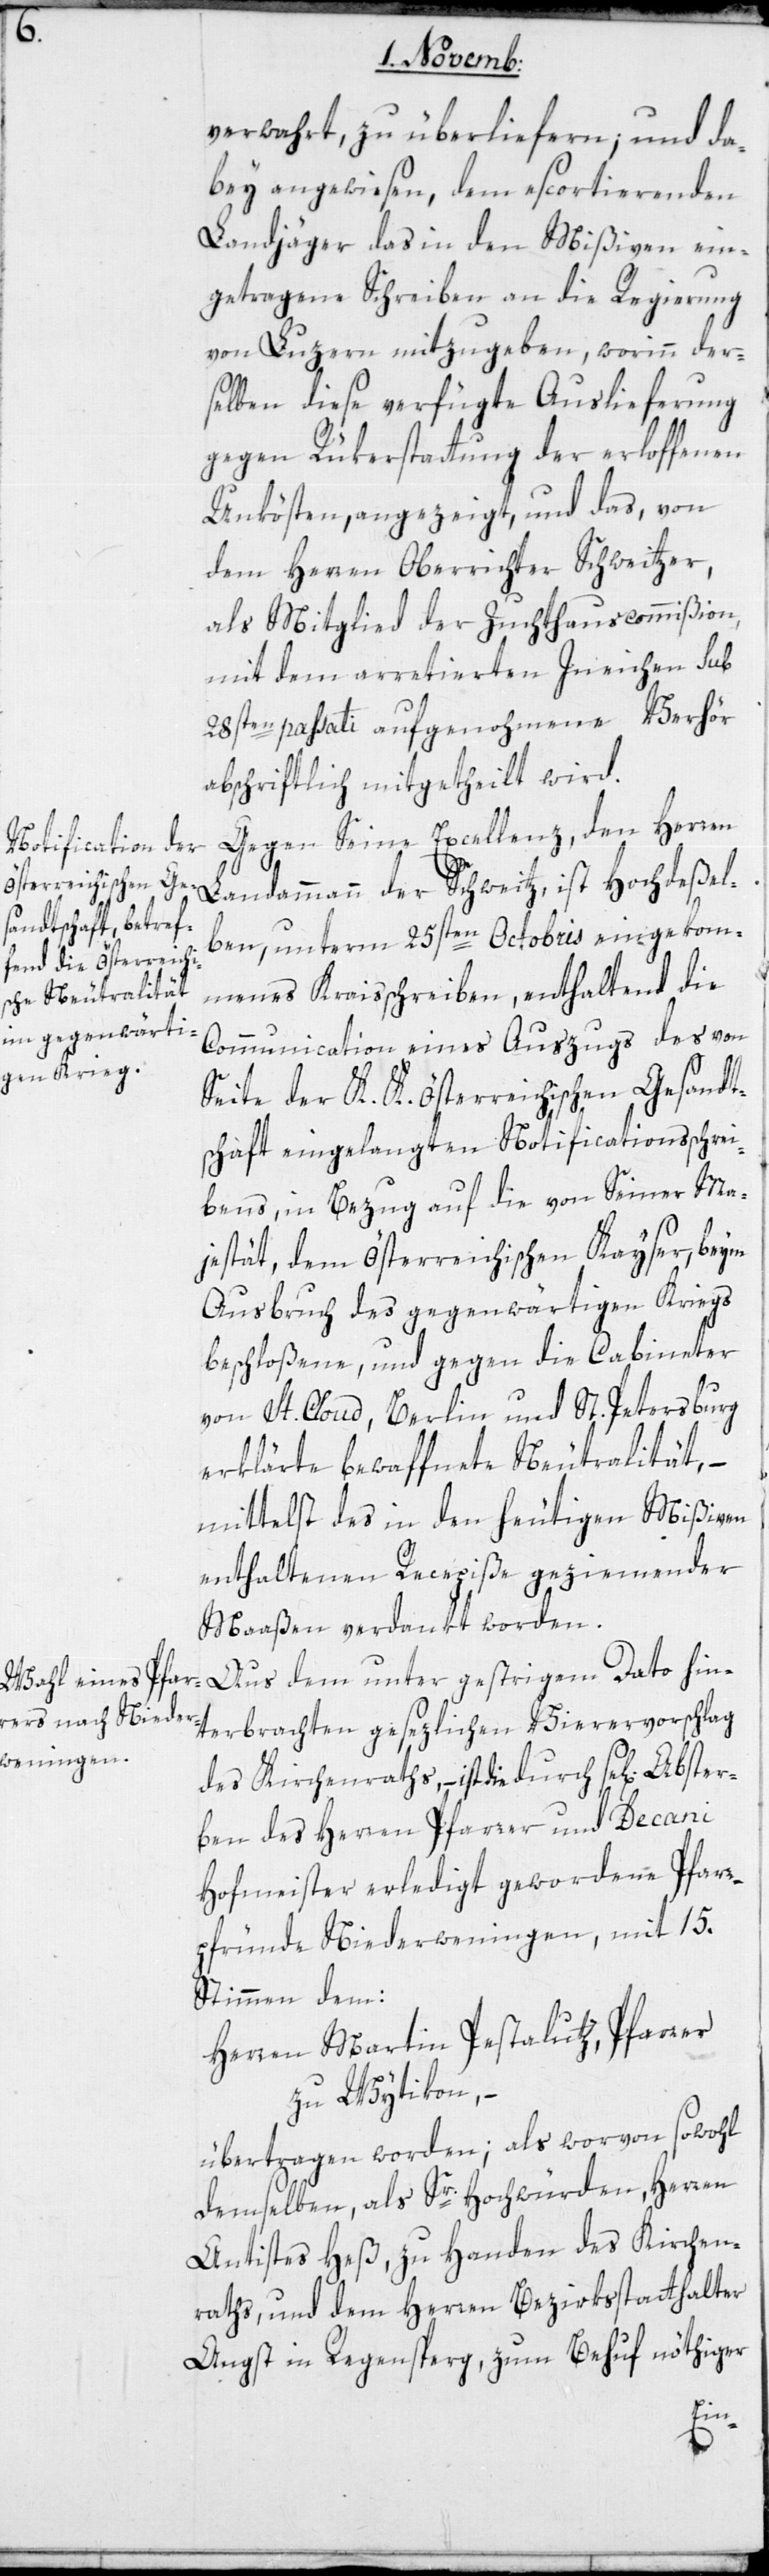
verwahrt, zu überliefern; und da¬
bey angewiesen, dem escortierenden
Landjäger das in den Mißiven ein¬
getragene Schreiben an die Regierung
von Luzern mitzugeben, worinn der¬
selben diese verfügte Auslieferung
gegen Rükerstattung der erloffenen
Unkösten, angezeigt, und das, von
dem Herrn Oberrichter Schweitzer,
als Mitglied der Zuchthauscommißion,
mit dem arretierten Ineichen sub
28sten passati aufgenommene Verhör
abschriftlich mitgetheilt wird.
Gegen Seine Excellenz, den Herren
Landammann der Schweitz, ist Hochdeßel¬
ben, unterm 25sten Octobris eingekom¬
menes Kreisschreiben, enthaltend die
Communication eines Auszugs des von
Seite der K. K. Österreichischen Gesandt¬
schaft eingelangten Notificationsschrei¬
bens, in Bezug auf die von Seiner Ma¬
jestät, dem Österreichischen Kayser, beim
Ausbruch des gegenwärtigen Kriegs
beschloßene, und gegen die Cabineter
von St. Cloud, Berlin und St. Petersburg
erklärte bewaffnete Neutralität, –
mittelst des in den heutigen Mißiven
enthaltenen Recepiße geziemender
Maßen verdankt worden.
terbrachten gesezlichen Vierervorschlag
des Kirchenraths, – ist die durch se[liges]
ben des Herren Pfarrer und Decani
Hofmeister erledigt gewordene Pfarr¬
pfründe Niederweningen, mit 15.
Stimmen dem:
Herrn Martin Pestalutz, Pfarrer
zu Wytikon, –
übertragen worden; als worvon sowohl
demselben, als Sr. Hochwürden Herren
Antistes Heß, zu Handen des Kirchen¬
raths, und dem Herren Bezirksstatthalter
Angst in Regensperg, zum Behuf nöthiger
ter¬